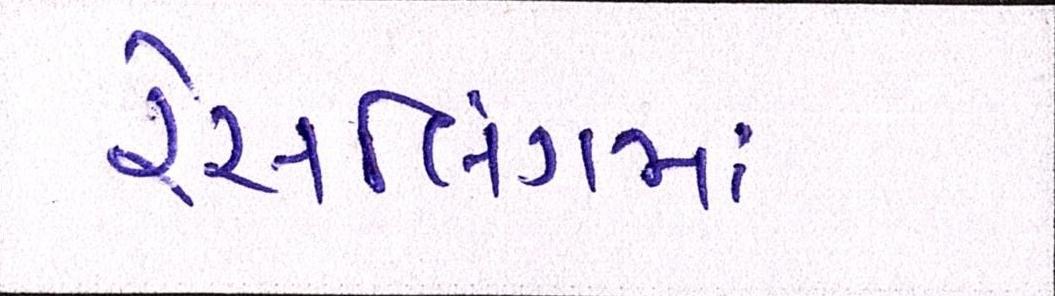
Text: રેસલિંગમાં